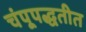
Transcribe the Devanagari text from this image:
चंपूपद्धतीत